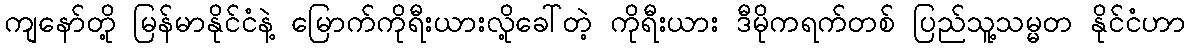
ကျနော်တို့ မြန်မာနိုင်ငံနဲ့ မြောက်ကိုရီးယားလို့ခေါ်တဲ့ ကိုရီးယား ဒီမိုကရက်တစ် ပြည်သူ့သမ္မတ နိုင်ငံဟာ